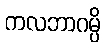
ကလဘာဂမ္ပိ